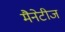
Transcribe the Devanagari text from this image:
मैनेटीज